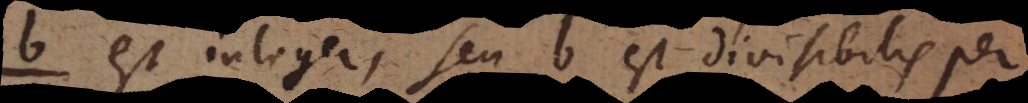
est integer, seu b est divisibilis per